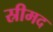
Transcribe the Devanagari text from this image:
स्रीमद